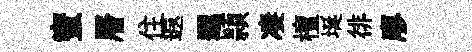
蜜層住遐邐頴凄檀埏徘廖